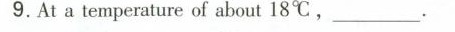
9.At a temperature of about 18℃,_____.